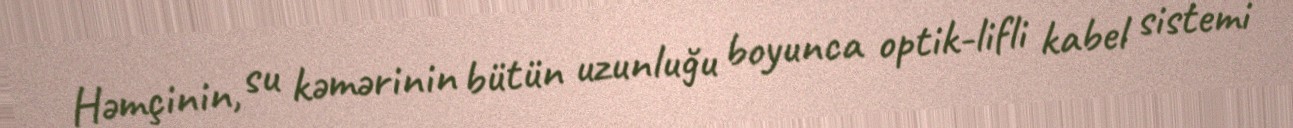
Həmçinin, su kəmərinin bütün uzunluğu boyunca optik-lifli kabel sistemi